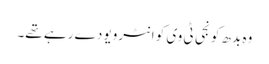
وہ بدھ کو نجی ٹی وی کو انٹرویو دے رہے تھے۔